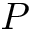
P